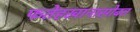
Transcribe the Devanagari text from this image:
फतेहखानासोबत